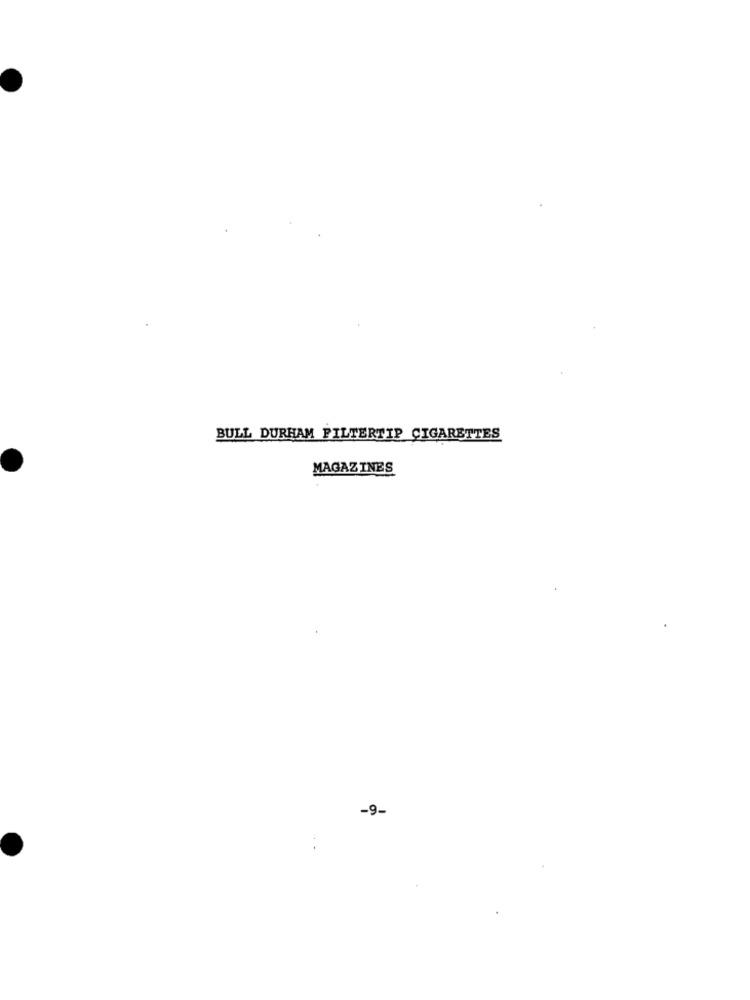
BULL DURHAM FILTERTIP CIGARETTES
MAGAZINES
-9-